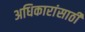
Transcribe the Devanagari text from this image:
अधिकारांसाठी